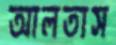
আলতাস